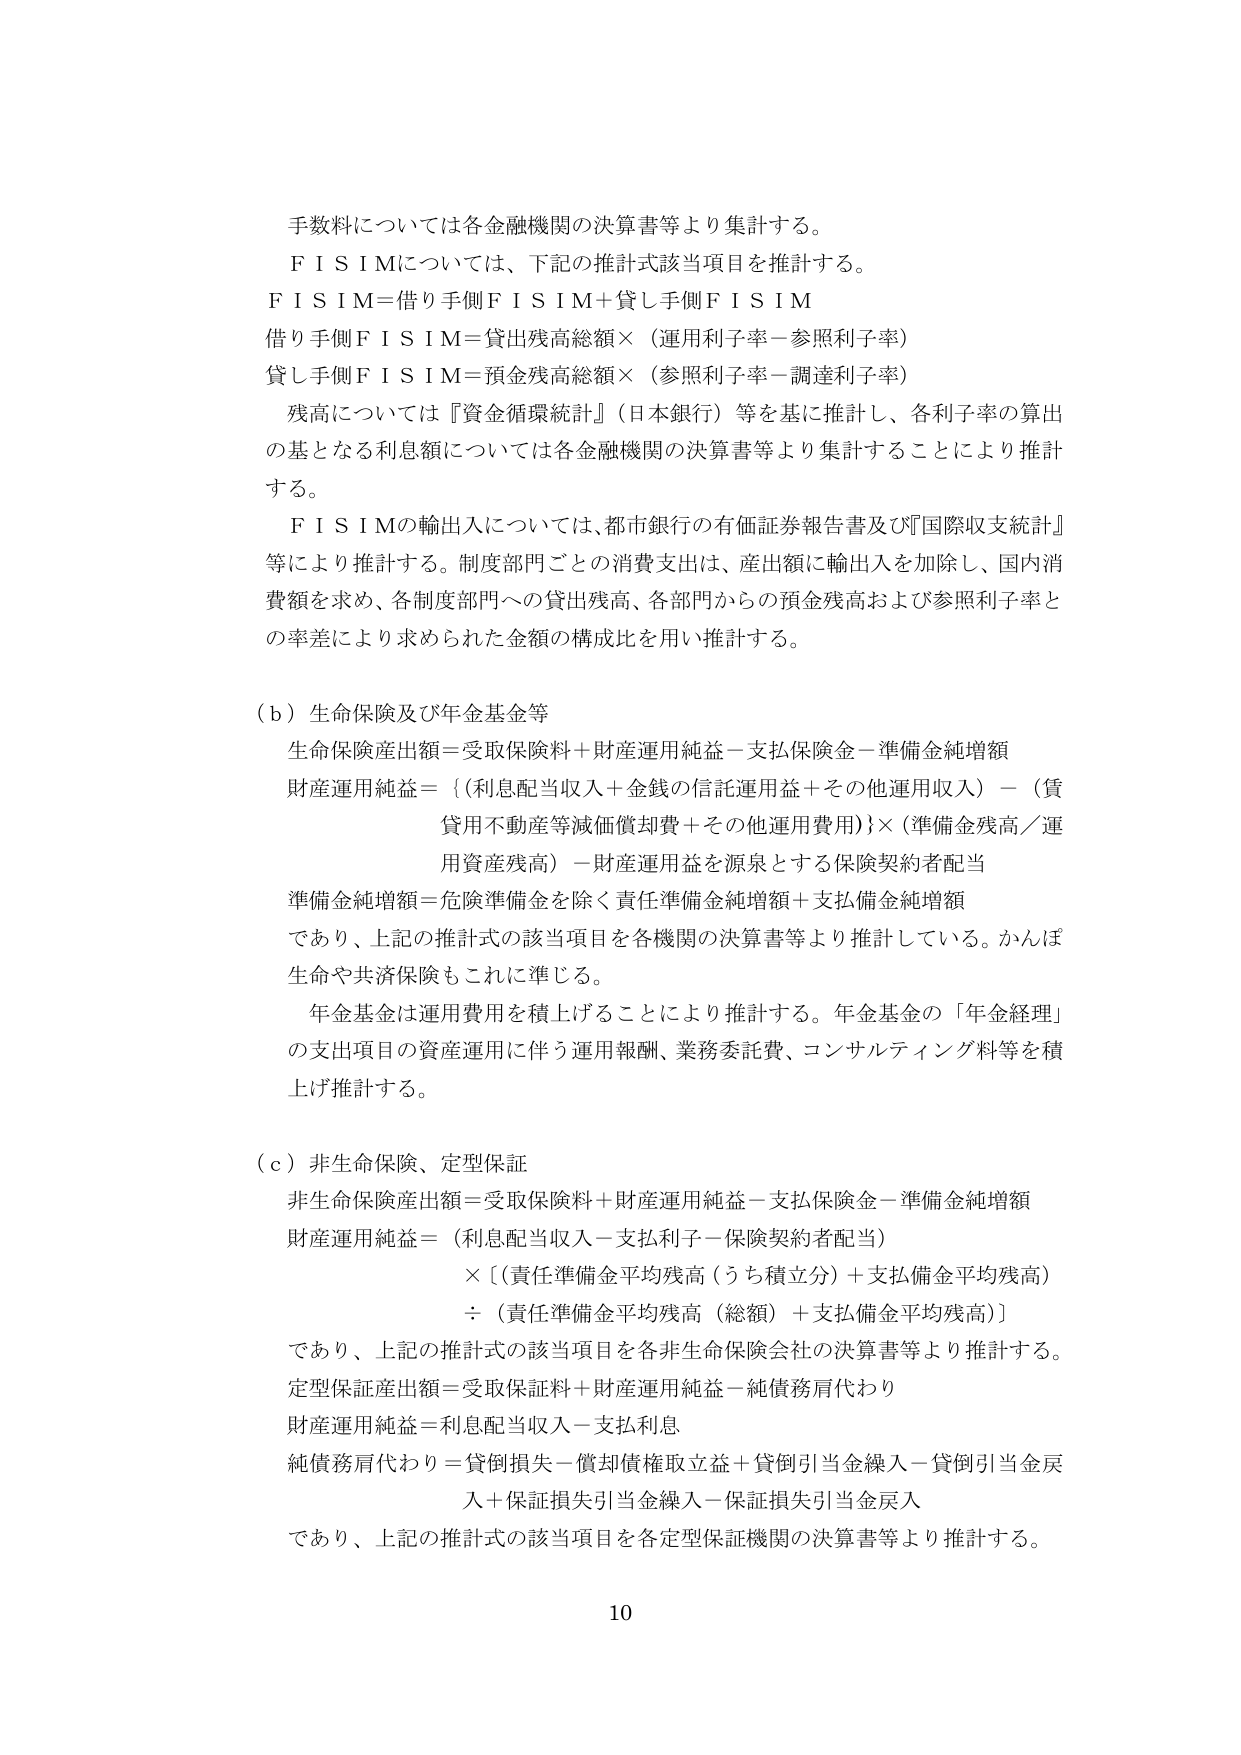
手数料については各金融機関の決算書等より集計する。
ＦＩＳＩＭについては、下記の推計式該当項目を推計する。
ＦＩＳＩＭ＝借り手側ＦＩＳＩＭ＋貸し手側ＦＩＳＩＭ
借り手側ＦＩＳＩＭ＝貸出残高総額×（運用利子率－参照利子率）
貸し手側ＦＩＳＩＭ＝預金残高総額×（参照利子率－調達利子率）
　残高については『資金循環統計』（日本銀行）等を基に推計し、各利子率の算出の基となる利息額については各金融機関の決算書等より集計することにより推計する。
　ＦＩＳＩＭの輸出入については、都市銀行の有価証券報告書及び『国際収支統計』等により推計する。制度部門ごとの消費支出は、産出額に輸出入を加除し、国内消費額を求め、各制度部門への貸出残高、各部門からの預金残高および参照利子率との率差により求められた金額の構成比を用い推計する。

（ｂ）生命保険及び年金基金等
　生命保険産出額＝受取保険料＋財産運用純益－支払保険金－準備金純増額
　財産運用純益＝｛（利息配当収入＋金銭の信託運用益＋その他運用収入）－（貸用不動産等減価償却費＋その他運用費用）｝×（準備金残高／運用資産残高）－財産運用益を源泉とする保険契約者配当
　準備金純増額＝危険準備金を除く責任準備金純増額＋支払備金純増額
　であり、上記の推計式の該当項目を各機関の決算書等より推計している。かんぽ生命や共済保険もこれに準じる。
　年金基金は運用費用を積上げることにより推計する。年金基金の「年金経理」の支出項目の資産運用に伴う運用報酬、業務委託費、コンサルティング料等を積上げ推計する。

（ｃ）非生命保険、定型保証
　非生命保険産出額＝受取保険料＋財産運用純益－支払保険金－準備金純増額
　財産運用純益＝（利息配当収入－支払利子－保険契約者配当）
　　　　　　　　×［（責任準備金平均残高（うち積立分）＋支払備金平均残高）
　　　　　　　　÷（責任準備金平均残高（総額）＋支払備金平均残高）］
　であり、上記の推計式の該当項目を各非生命保険会社の決算書等より推計する。
　定型保証産出額＝受取保証料＋財産運用純益－純債務肩代わり
　財産運用純益＝利息配当収入－支払利息
　純債務肩代わり＝貸倒損失－償却債権取立益＋貸倒引当金繰入－貸倒引当金戻入＋保証損失引当金繰入－保証損失引当金戻入
　であり、上記の推計式の該当項目を各定型保証機関の決算書等より推計する。

10